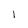
Character: l